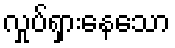
လှုပ်ရှားနေသော